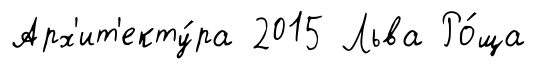
Арх'ит'екту́ра 2015 Льва Ро́ща